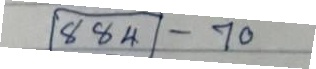
884 - 70